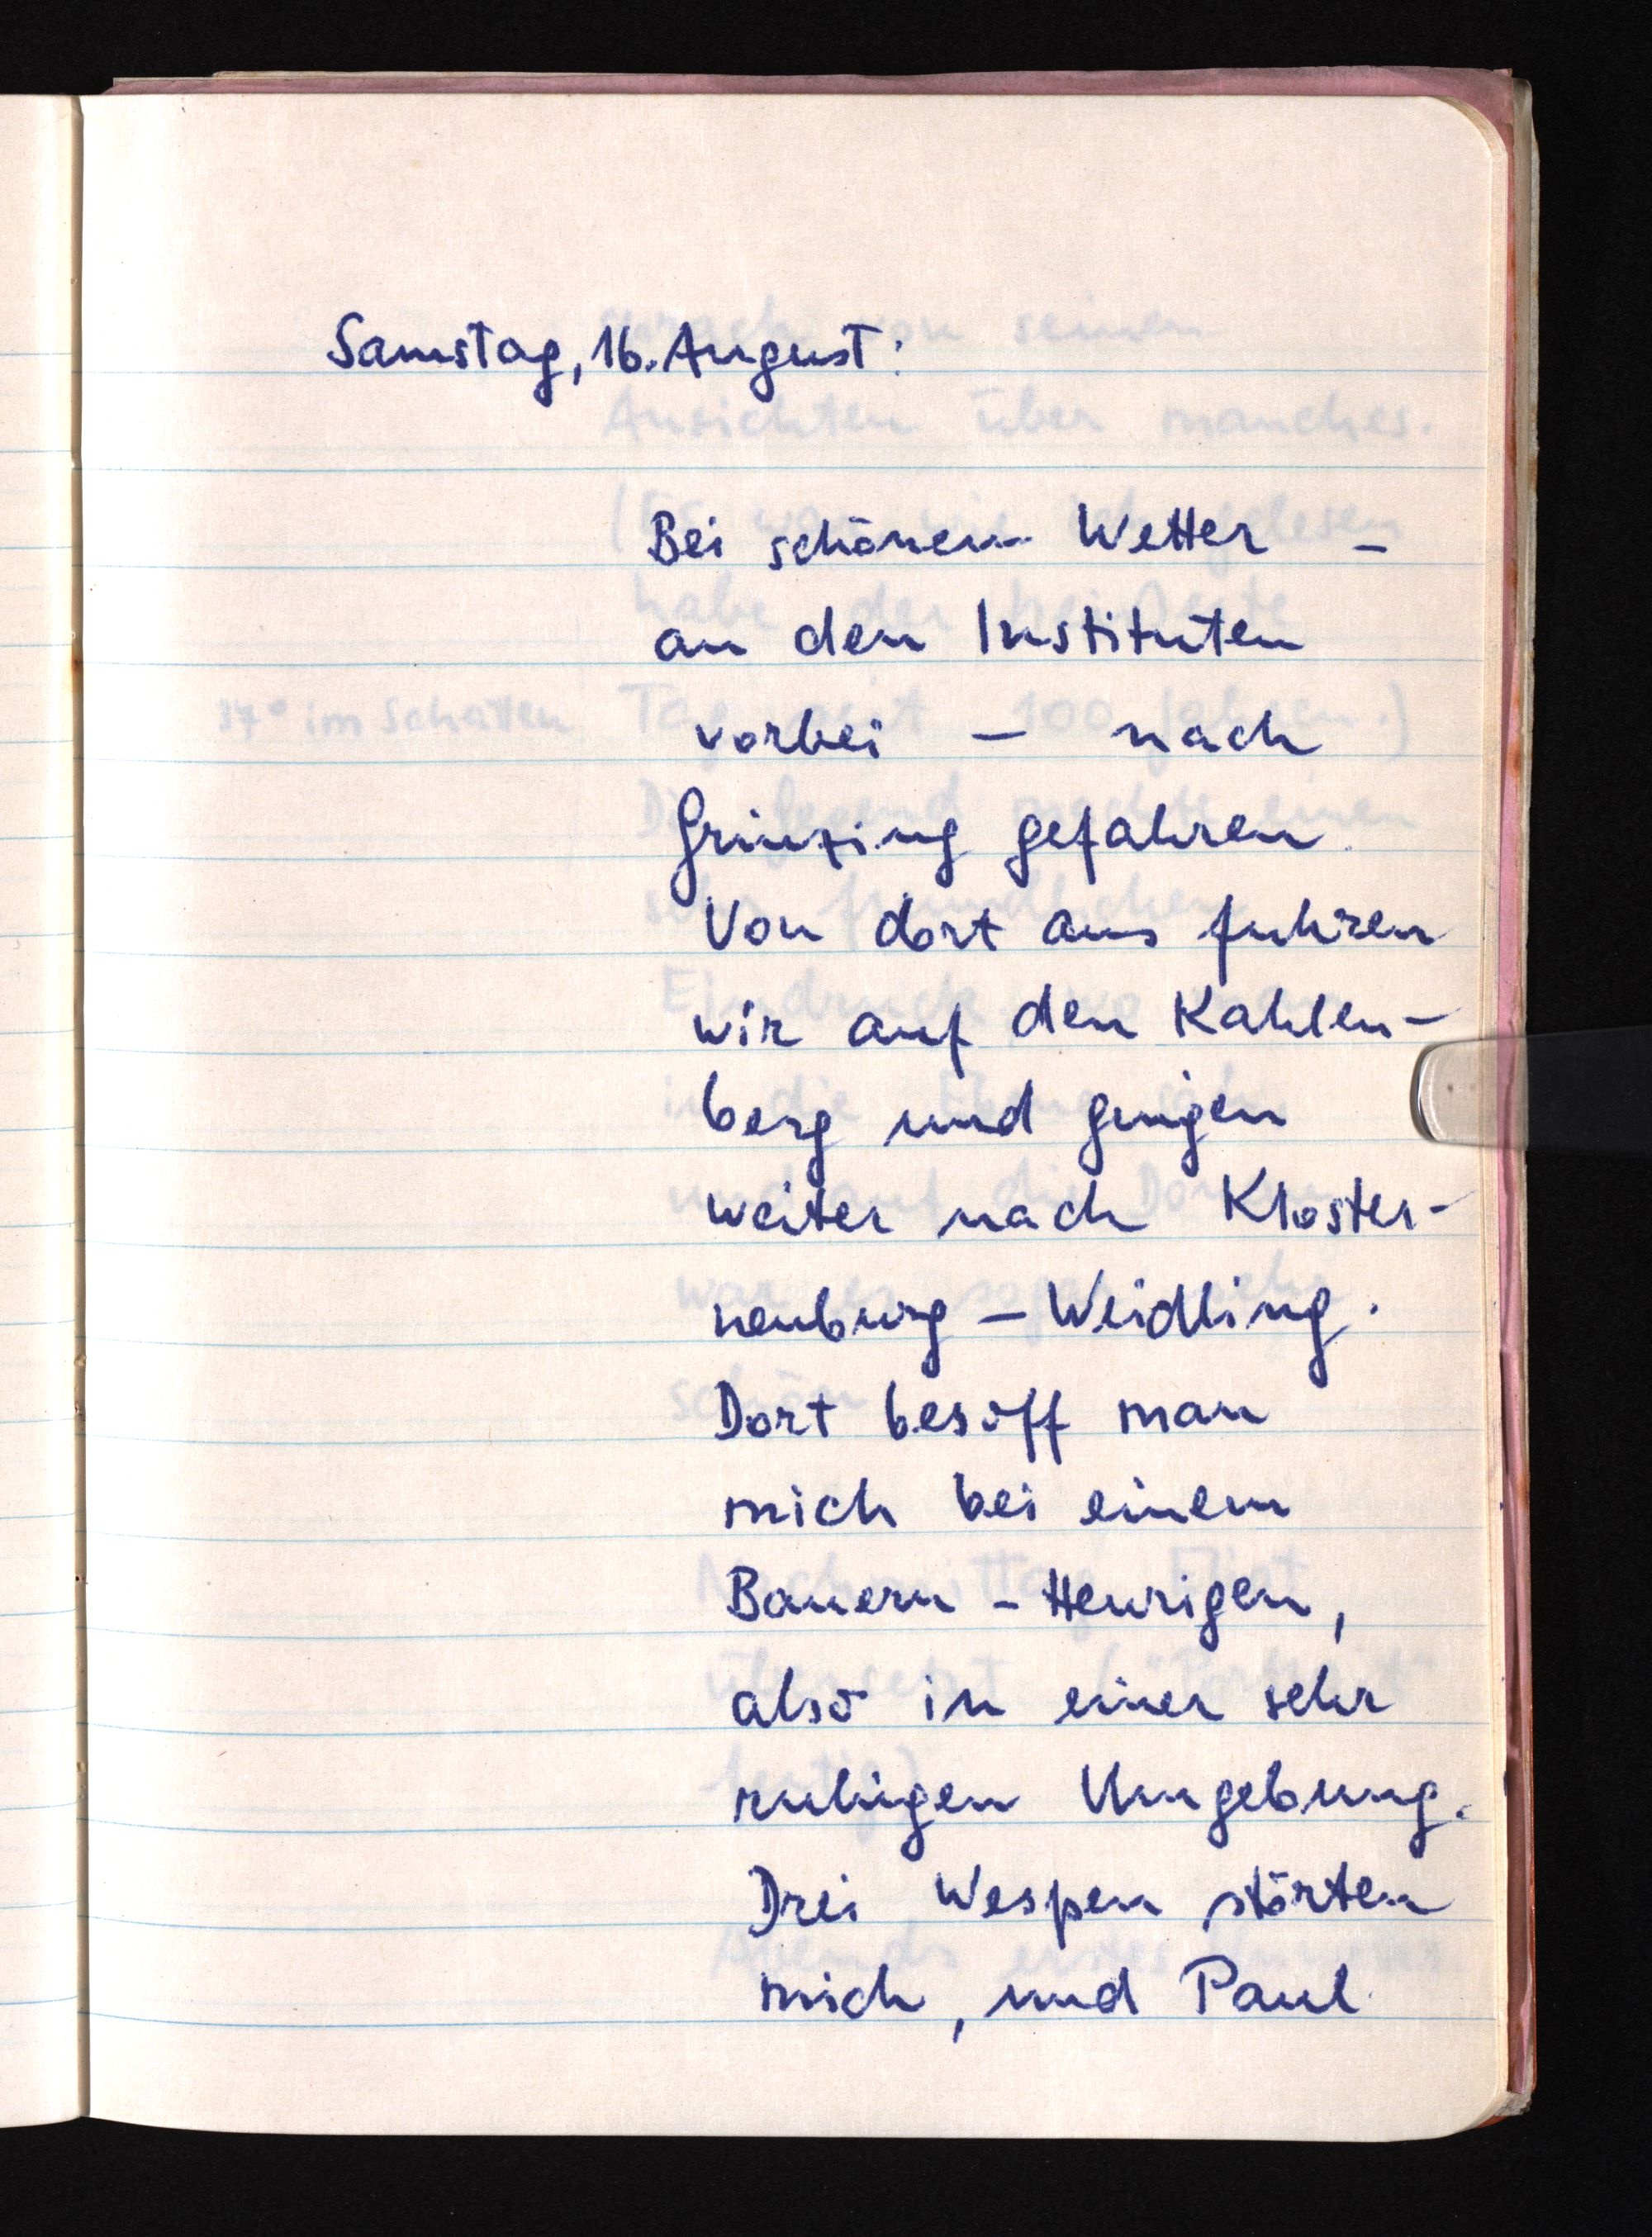
Samstag, 16. August:
Bei schönem Wetter -
an den Instituten
vorbei - nach
Grinzing gefahren.
Von dort aus fuhren
wir auf den Kahlen¬
berg und gingen
weiter nach Kloster¬
neuburg-Weidling.
Dort besoff man
mich bei einem
Bauern-Heurigen,
also in einer sehr
ruhigen Umgebung.
Drei Wespen störten
mich, und Paul